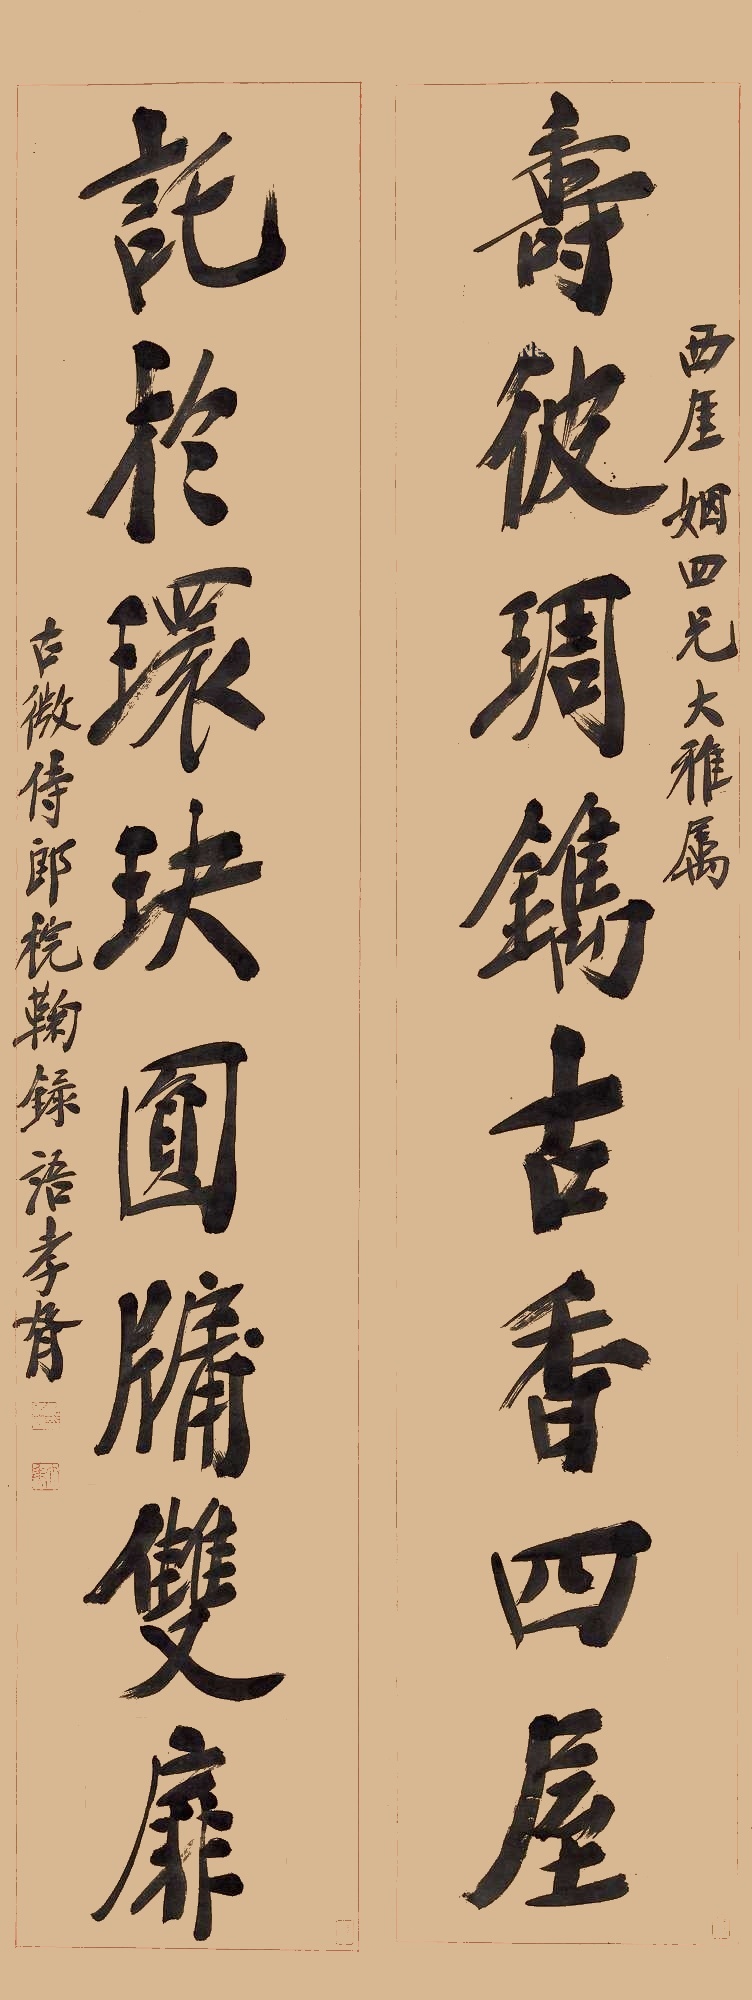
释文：寿彼雕镌古香四屋，托于环玦圆牖双扉。西厓姻四兄大雅属。古微侍郎《梡鞠录》语，孝胥。